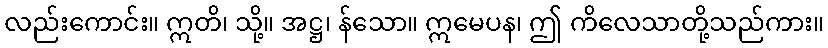
လည်းကောင်း။ ဣတိ၊ သို့။ အဋ္ဌ၊ န်သော။ ဣမေပန၊ ဤ ကိလေသာတို့သည်ကား။